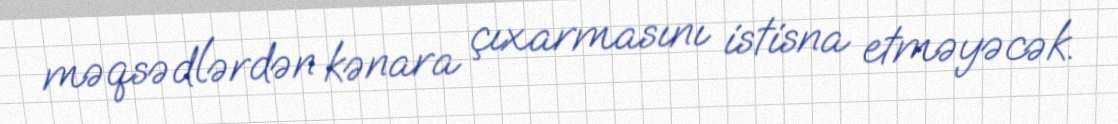
məqsədlərdən kənara çıxarmasını istisna etməyəcək.